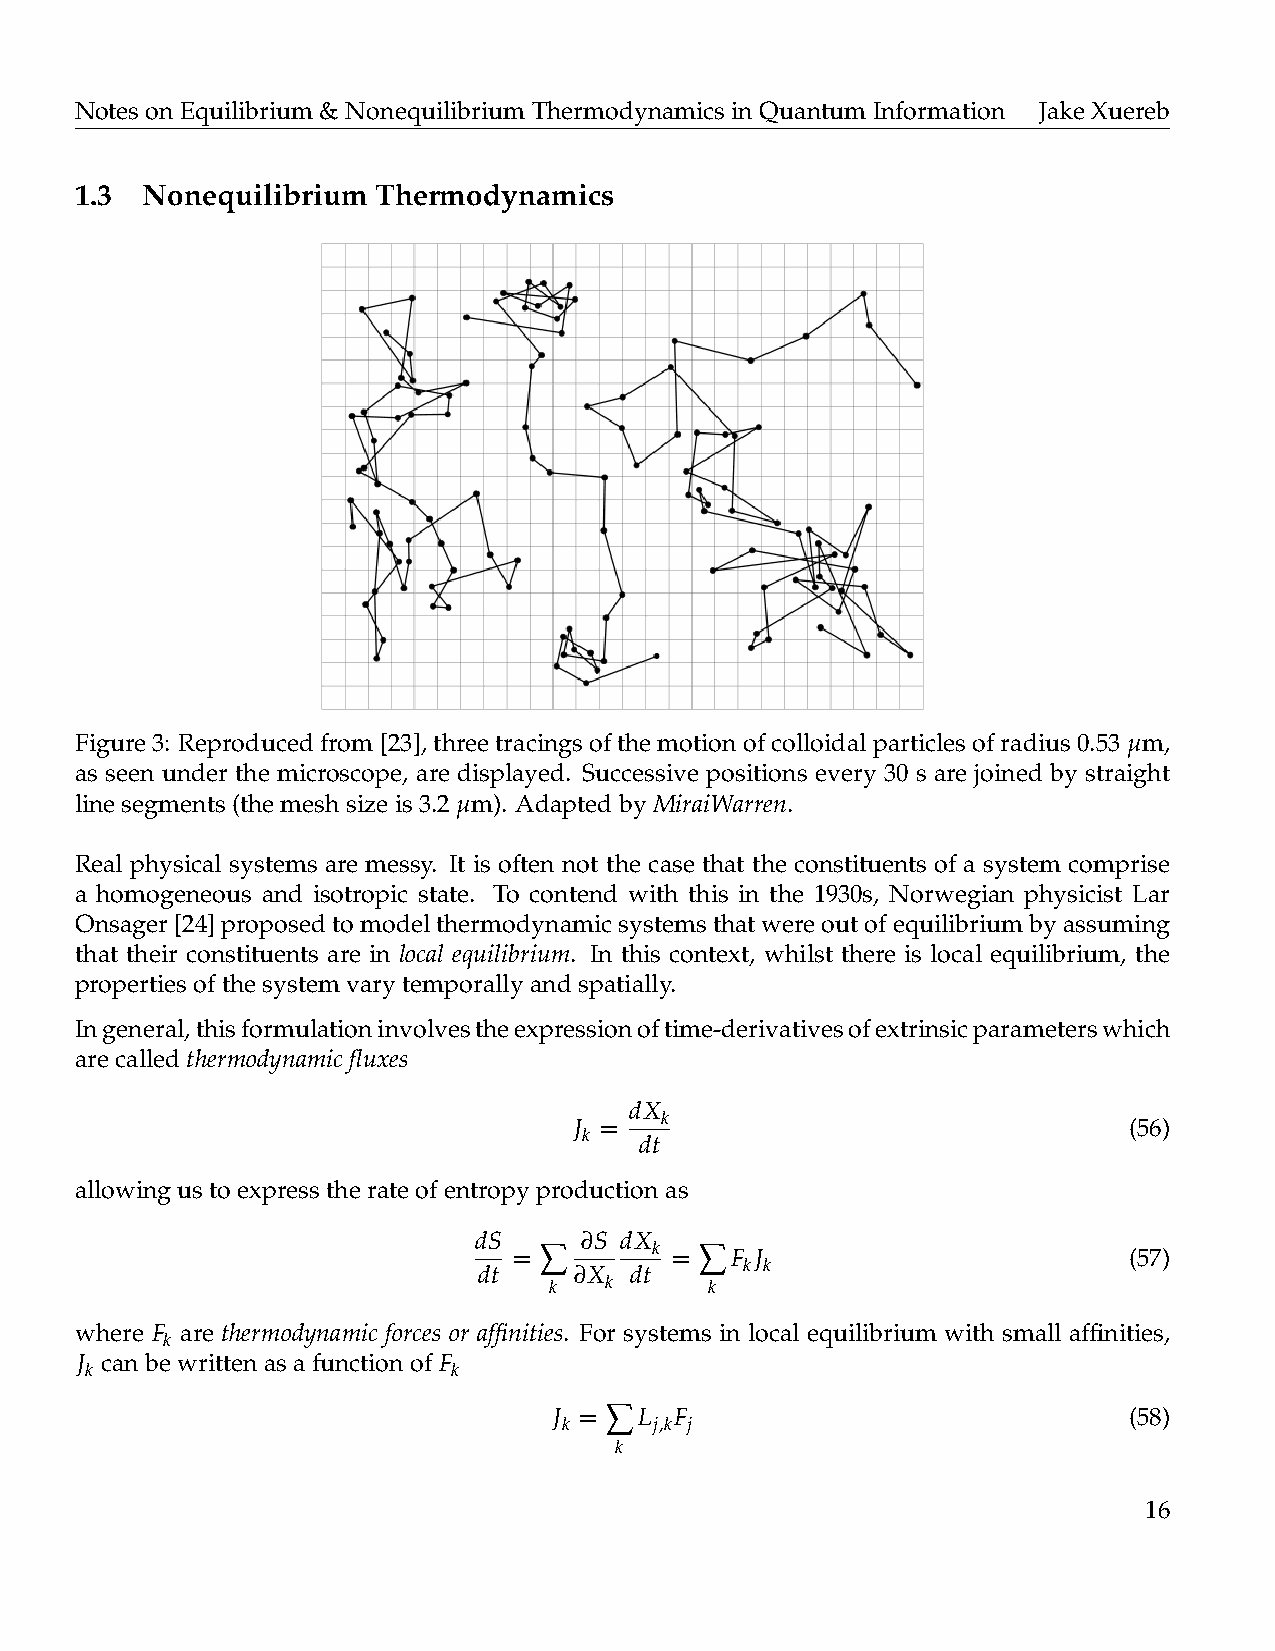
NotesonEquilibrium&NonequilibriumThermodynamicsinQuantumInformation JakeXuereb
 1.3 Nonequilibrium  Thermodynamics
 Figure3: Reproducedfrom[23],threetracingsofthemotionofcolloidalparticlesofradius0.53 µm,
 as seen under the microscope, are displayed. Successive positions every 30 s are joined by straight
 linesegments(themeshsizeis3.2 µm). AdaptedbyMiraiWarren.
 Real physical systems are messy. It is often not the case that the constituents of a system comprise
 a homogeneous and isotropic state. To contend with this in the 1930s, Norwegian physicist Lar
 Onsager[24]proposedtomodelthermodynamicsystemsthatwereoutofequilibriumbyassuming
 that their constituents are in local equilibrium. In this context, whilst there is local equilibrium, the
 propertiesofthesystemvarytemporallyandspatially.
 Ingeneral,thisformulationinvolvestheexpressionoftime-derivativesofextrinsicparameterswhich
 arecalledthermodynamicfluxes
 dX
 J =   k                              (56)
 k
 dt
 allowingustoexpresstherateofentropyproductionas
 dS = ∑ ∂S dX k = ∑ F J                      (57)
 k k
 dt    ∂X  dt
 k   k      k
 where F are thermodynamic forces or affinities. For systems in local equilibrium with small affinities,
 k
 J canbewrittenasafunctionof F
 k                       k
 ∑
 J =  L  F                             (58)
 k     j,k j
 k
 16